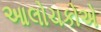
આલોચકોએ